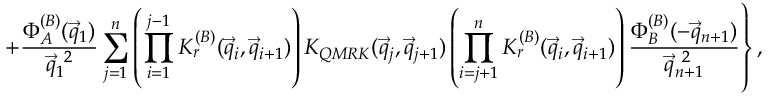
\left. + \frac { \Phi _ { A } ^ { ( B ) } ( { \vec { q } } _ { 1 } ) } { \vec { q } _ { 1 } ^ { ~ 2 } } \sum _ { j = 1 } ^ { n } \left( \prod _ { i = 1 } ^ { j - 1 } { \cal K } _ { r } ^ { ( B ) } ( \vec { q } _ { i } , \vec { q } _ { i + 1 } ) \right) { \cal K } _ { Q M R K } ( \vec { q } _ { j } , \vec { q } _ { j + 1 } ) \left( \prod _ { i = j + 1 } ^ { n } { \cal K } _ { r } ^ { ( B ) } ( \vec { q } _ { i } , \vec { q } _ { i + 1 } ) \right) \frac { \Phi _ { B } ^ { ( B ) } ( - { \vec { q } } _ { n + 1 } ) } { \vec { q } _ { n + 1 } ^ { ~ 2 } } \right\} ,